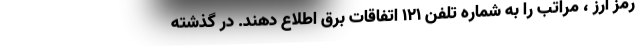
رمز ارز ، مراتب را به شماره تلفن ١٢١ اتفاقات برق اطلاع دهند. در گذشته